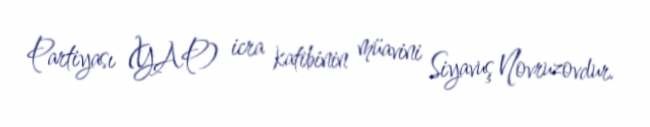
Partiyası (YAP) icra katibinin müavini Siyavuş Novruzovdur.